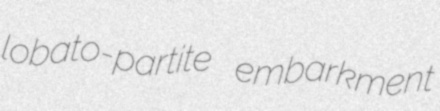
lobato-partite embarkment